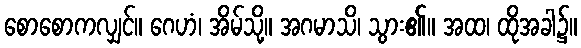
စောစောကလျှင်။ ဂေဟံ၊ အိမ်သို့။ အဂမာသိ၊ သွား၏။ အထ၊ ထိုအခါ၌။